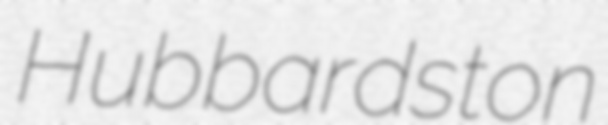
Hubbardston